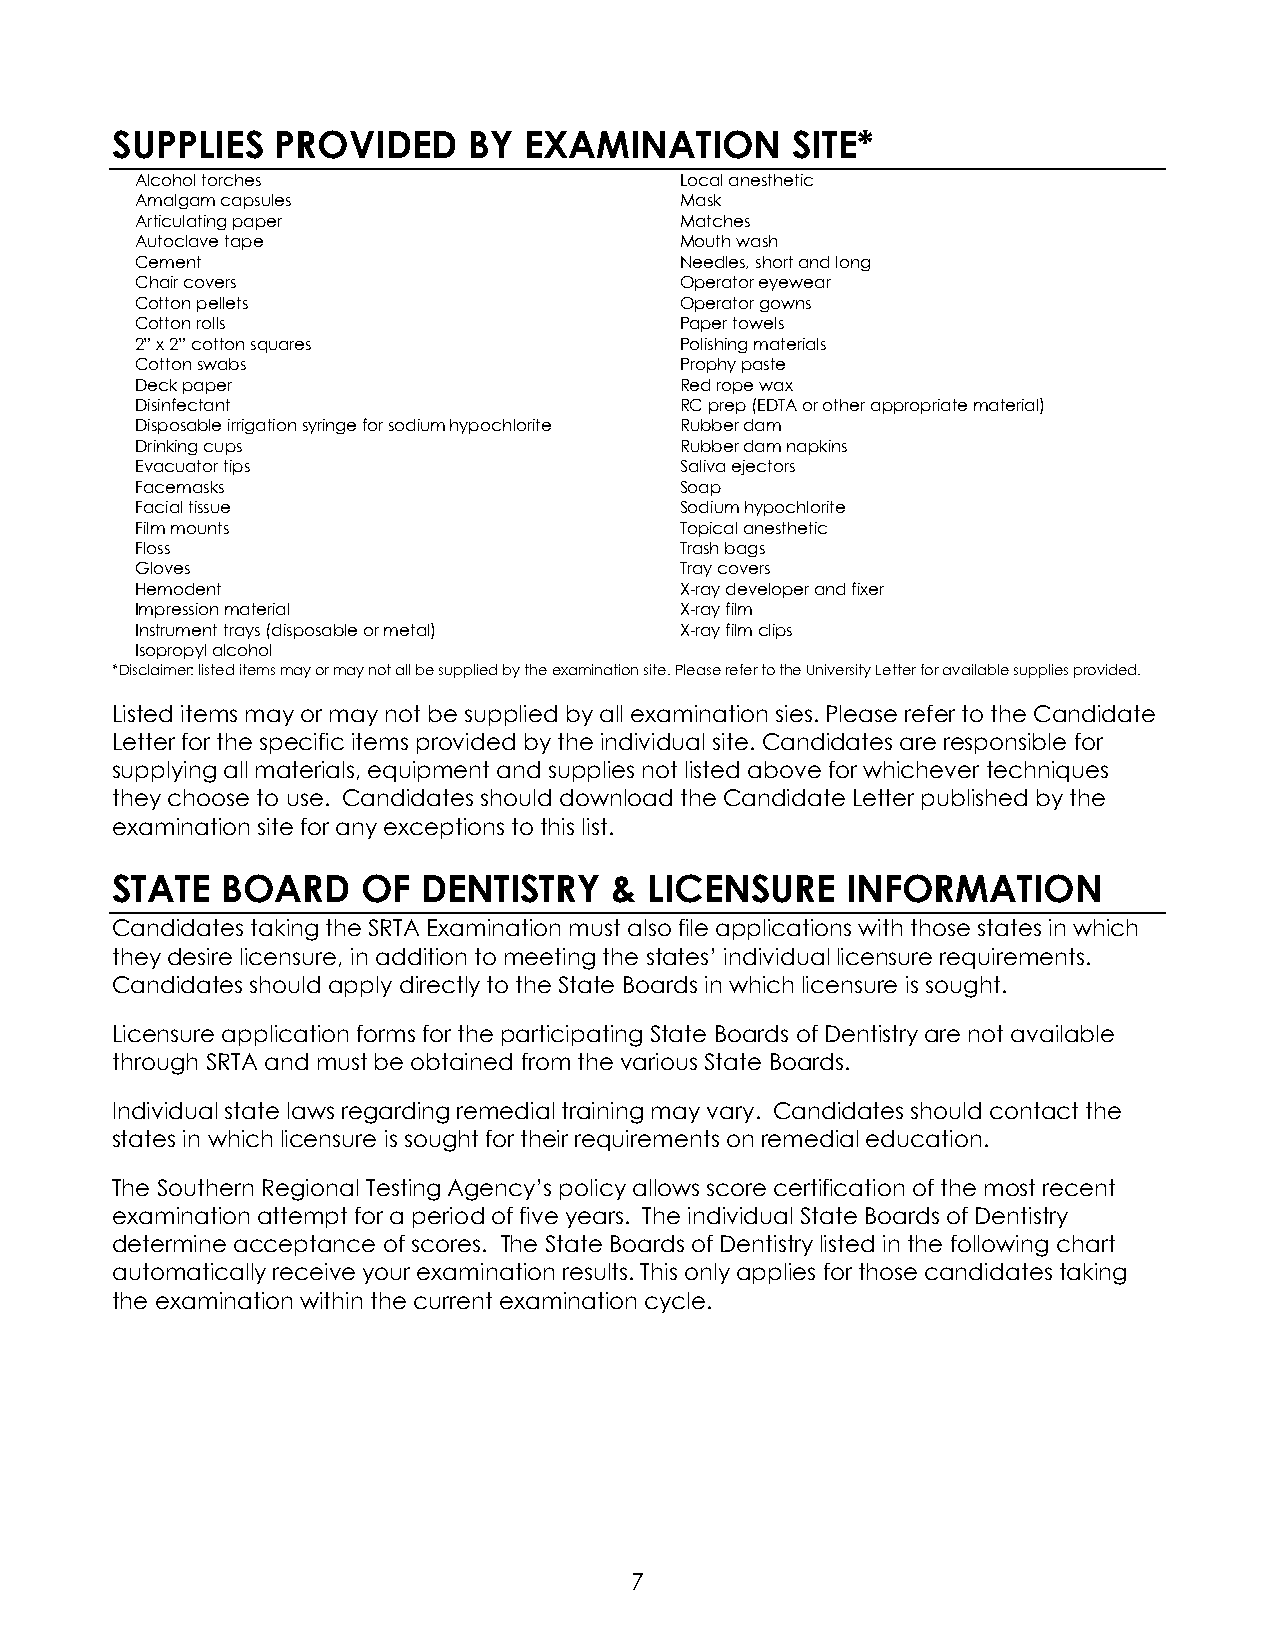
SUPPLIES   PROVIDED     BY  EXAMINATION      SITE*
 Alcohol torches                     Local anesthetic
 Amalgam capsules                    Mask
 Articulating paper                  Matches
 Autoclave tape                      Mouth wash
 Cement                              Needles, short and long
 Chair covers                        Operator eyewear
 Cotton pellets                      Operator gowns
 Cotton rolls                        Paper towels
 2” x 2” cotton squares              Polishing materials
 Cotton swabs                        Prophy paste
 Deck paper                          Red rope wax
 Disinfectant                        RC prep (EDTA or other appropriate material)
 Disposable irrigation syringe for sodium hypochlorite Rubber dam
 Drinking cups                       Rubber dam napkins
 Evacuator tips                      Saliva ejectors
 Facemasks                           Soap
 Facial tissue                       Sodium hypochlorite
 Film mounts                         Topical anesthetic
 Floss                               Trash bags
 Gloves                              Tray covers
 Hemodent                            X-ray developer and fixer
 Impression material                 X-ray film
 Instrument trays (disposable or metal) X-ray film clips
 Isopropyl alcohol
 *Disclaimer: listed items may or may not all be supplied by the examination site. Please refer to the University Letter for available supplies provided.
 Listed items may or may not be supplied by all examination sies. Please refer to the Candidate
 Letter for the specific items provided by the individual site. Candidates are responsible for
 supplying all materials, equipment and supplies not listed above for whichever techniques
 they choose to use. Candidates should download the Candidate Letter published by the
 examination site for any exceptions to this list.
 STATE   BOARD    OF  DENTISTRY   &  LICENSURE    INFORMATION
 Candidates taking the SRTA Examination must also file applications with those states in which
 they desire licensure, in addition to meeting the states’ individual licensure requirements.
 Candidates should apply directly to the State Boards in which licensure is sought.
 Licensure application forms for the participating State Boards of Dentistry are not available
 through SRTA and must be obtained from the various State Boards.
 Individual state laws regarding remedial training may vary. Candidates should contact the
 states in which licensure is sought for their requirements on remedial education.
 The Southern Regional Testing Agency’s policy allows score certification of the most recent
 examination attempt for a period of five years. The individual State Boards of Dentistry
 determine acceptance of scores. The State Boards of Dentistry listed in the following chart
 automatically receive your examination results. This only applies for those candidates taking
 the examination within the current examination cycle.
 7